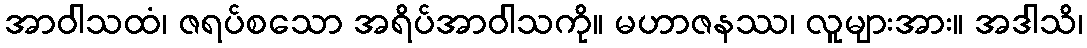
အာဝါသထံ၊ ဇရပ်စသော အရိပ်အာဝါသကို။ မဟာဇနဿ၊ လူများအား။ အဒါသိ၊